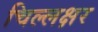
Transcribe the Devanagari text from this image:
चिल्लक्षर